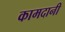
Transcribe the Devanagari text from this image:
कामदानी